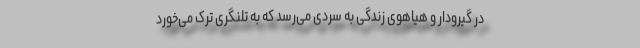
در گیرودار و هیاهوی زندگی به سردی می‌رسد که به تلنگری ترک می‌خورد